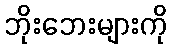
ဘိုးဘေးများကို